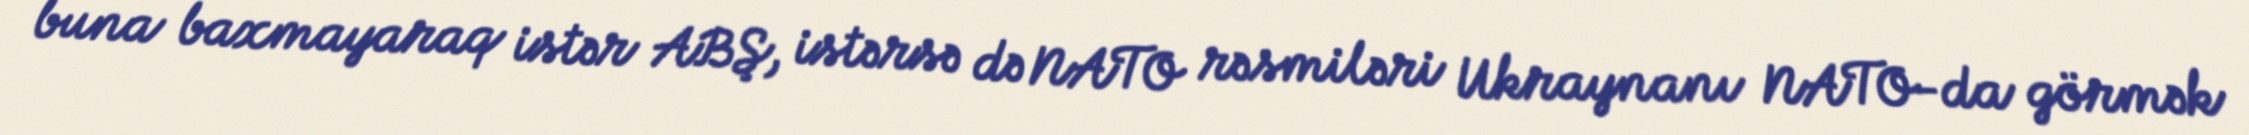
buna baxmayaraq istər ABŞ, istərsə də NATO rəsmiləri Ukraynanı NATO-da görmək